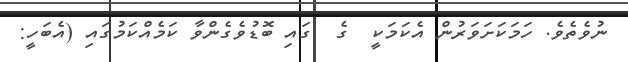
ނުވެތެވެ. ހަމަކަށަވަރުން އެކަމަކީ  ގެ  ގައި ބޮޑުވެގެންވާ ކަމެއްކަމުގައި (އެބަހީ: